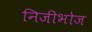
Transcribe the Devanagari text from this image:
निजीभोज